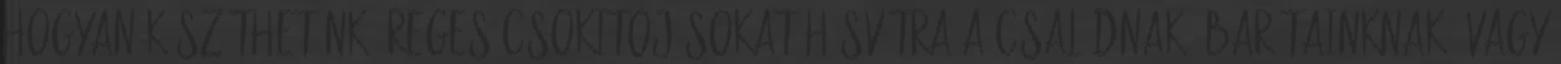
hogyan készíthetünk üreges csokitojásokat Húsvétra a családnak, barátainknak, vagy